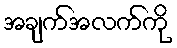
အချက်အလက်ကို